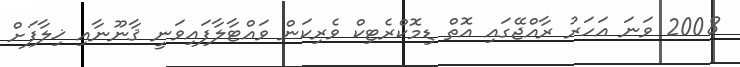
2008 ވަނަ އަހަރު ރާއްޖޭގައި އޮތް ޑިމޮކްރެޓިކް ވެރިކަން ވައްޓާލާފައިވަނީ ޤާނޫނާއި ޚިލާފަށް